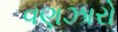
વણઝારો